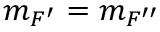
m _ { F ^ { \prime } } = m _ { F ^ { \prime \prime } }